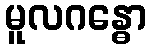
မူလဂန္ဓော